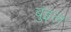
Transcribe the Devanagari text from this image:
बुइल